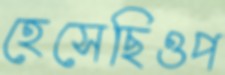
হেসেছিওপ